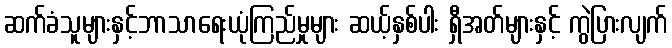
ဆက်ခံသူများနှင့်ဘာသာရေးယုံကြည်မှုများ ဆယ့်နှစ်ပါး ရှီအတ်များနှင့် ကွဲပြားလျက်